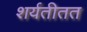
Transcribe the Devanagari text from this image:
शर्यतीतत